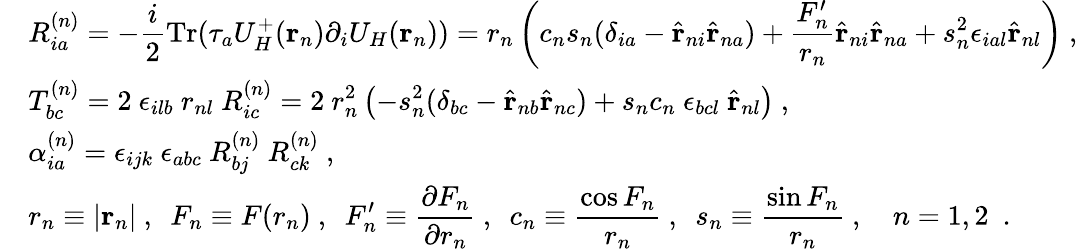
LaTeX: \begin{array}{ll}{{}}&{{{\displaystyle R_{ia}^{(n)}=-\frac{i}{2}\mathrm{Tr}(\tau_{a}U_{H}^{+}({\mathbf r}_{n})\partial_{i}U_{H}({\mathbf r}_{n}))=r_{n}\left(c_{n}s_{n}(\delta_{ia}-\hat{\mathbf r}_{ni}\hat{\mathbf r}_{na})+\frac{F_{n}^{\prime}}{r_{n}}\hat{\mathbf r}_{ni}\hat{\mathbf r}_{na}+s_{n}^{2}\epsilon_{ial}\hat{\mathbf r}_{nl}\right)}~,}}\\ {{}}&{{{\displaystyle T_{bc}^{(n)}=2~\epsilon_{ilb}~r_{nl}~R_{ic}^{(n)}=2~r_{n}^{2}\left(-s_{n}^{2}(\delta_{bc}-\hat{\mathbf r}_{nb}\hat{\mathbf r}_{nc})+s_{n}c_{n}~\epsilon_{bcl}~\hat{\mathbf r}_{nl}\right)}~,}}\\ {{}}&{{{\displaystyle\alpha_{ia}^{(n)}=\epsilon_{ijk}~\epsilon_{abc}~R_{bj}^{(n)}~R_{ck}^{(n)}}~,}}\\ {{}}&{{{\displaystyle r_{n}\equiv\vert{\mathbf r}_{n}\vert~,~~F_{n}\equiv F(r_{n})~,~~F_{n}^{\prime}\equiv\frac{\partial F_{n}}{\partial r_{n}}~,~~c_{n}\equiv\frac{\cos F_{n}}{r_{n}}~,~~s_{n}\equiv\frac{\sin F_{n}}{r_{n}}~,~~~~n=1,2~~.}}}\end{array}